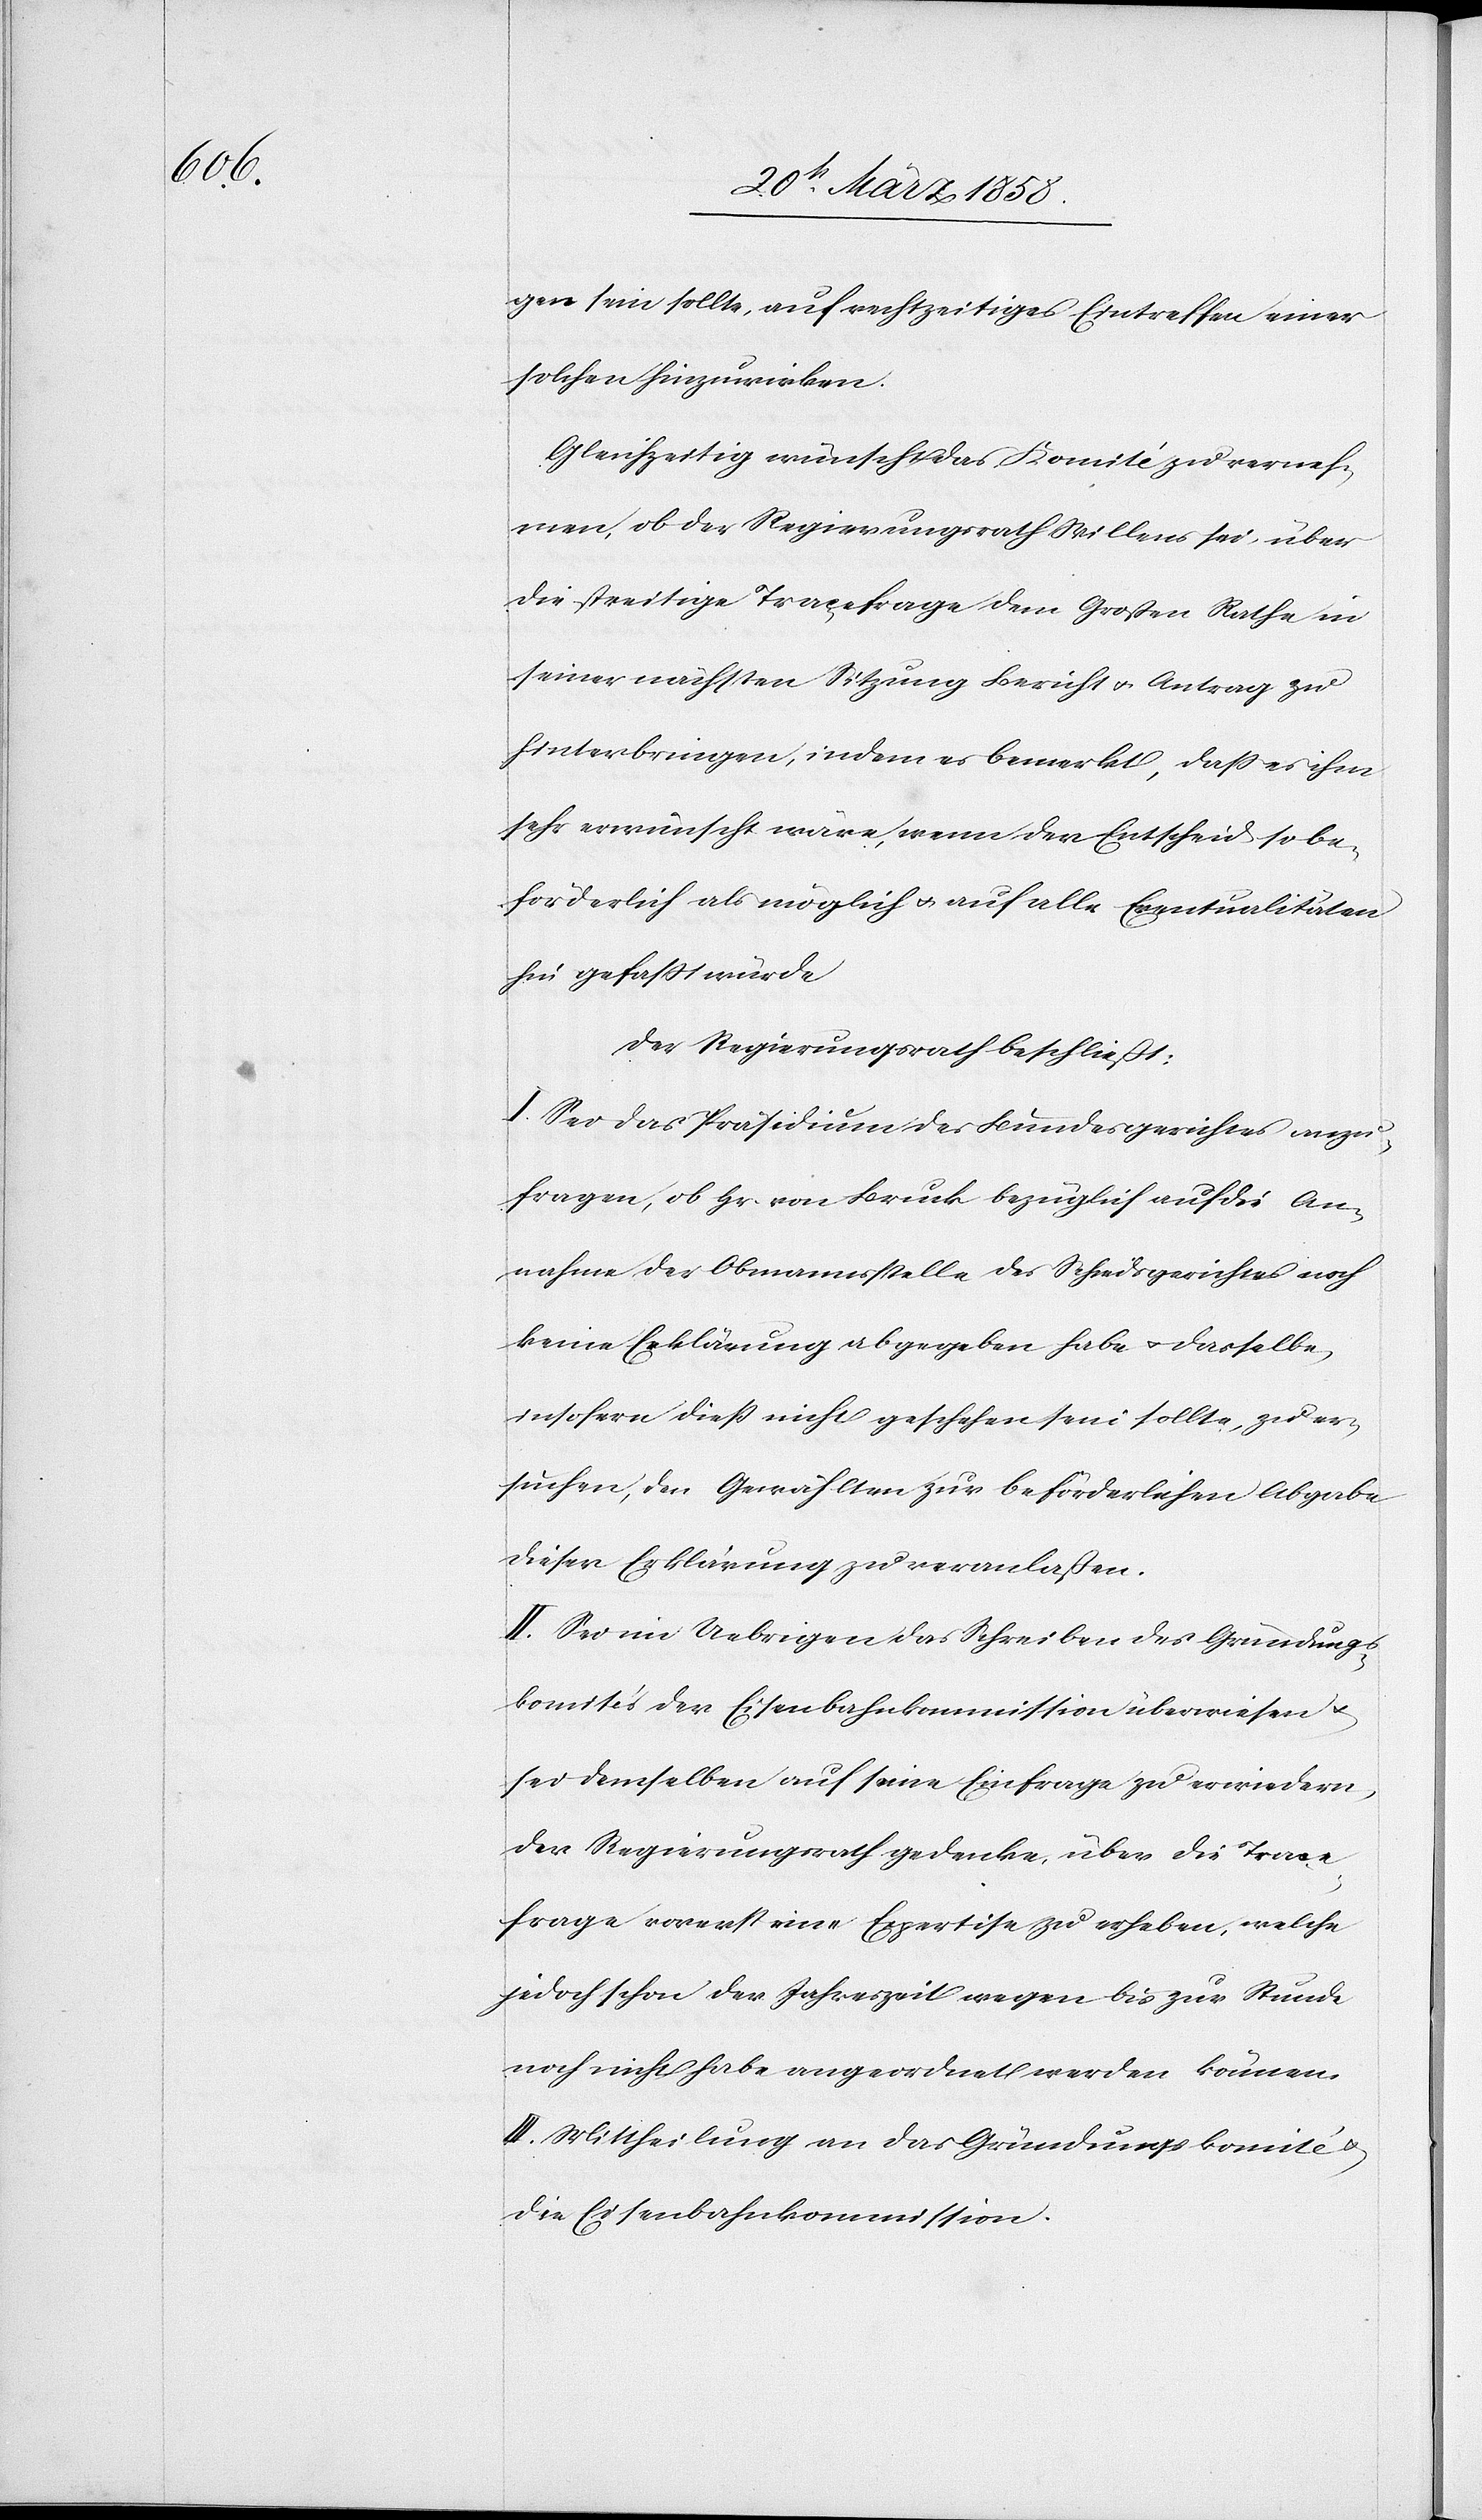
gen sein sollte, auf rechtzeitiges Eintreffen einer
solchen hinzuwirken.
gleichzeitig wünscht das Komité zu verneh¬
men, ob der Regierungsrath Willens sei über
die streitige Traçefrage dem Großen Rathe in
seiner nächsten Sitzung Bericht u. Antrag zu
hinterbringen, indem es bemerkt, daß es ihm
sehr erwünscht wäre, wenn der Entscheid so be¬
förderlich als möglich u. auf alle Eventualitäten
hin gefaßt würde.
Der Regierungsrath beschließt:
I. Sei das Präsidium des Bundesgerichtes anzu¬
fragen, ob Hr. von Bruck bezüglich auf die An¬
nahme der Obmannsstelle des Schiedsgerichtes noch
keine Erklärung abgegeben habe u. dasselbe,
insofern dieß nicht geschehen sein sollte, zu er¬
suchen, den Gewählten zur beförderlichen Abgabe
dieser Erklärung zu veranlaßen.
II. Sei im Uebrigen das Schreiben des Gründungs¬
komités der Eisenbahnkommission überwiesen u.
sei demselben auf seine Einfrage zu erwiedern,
der Regierungsrath gedenke, über die Traçe¬
frage vorerst eine Expertise zu erheben, welche
jedoch schon der Jahreszeit wegen bis zur Stunde
noch nicht habe angeordnet werden können.
III. Mittheilung an das Gründungskomité u.
die Eisenbahnkommission.